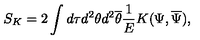
S _ { K } = 2 \int d \tau d ^ { 2 } \theta d ^ { 2 } \overline { { \theta } } \frac { 1 } { E } K ( \Psi , \overline { { \Psi } } ) ,